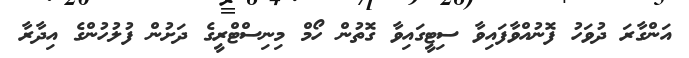
އަންގާރަ ދުވަހު ފޮނުއްވާފައިވާ ސިޓީގައިވާ ގޮތުން ހޯމް މިނިސްޓްރީގެ ދަށުން ފުލުހުންގެ އިދާރާ